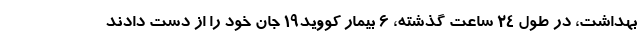
بهداشت، در طول ۲۴ ساعت گذشته، ۶ بیمار کووید۱۹ جان خود را از دست دادند